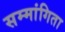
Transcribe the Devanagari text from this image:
सम्मांगिता